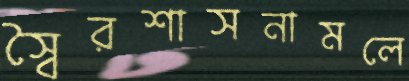
স্বৈরশাসনামলে